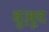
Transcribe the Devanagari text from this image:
वुज़ूद